DOW-UAP-D49, Launch Summary, Vandenberg AFB, 2000
Agency: Department of War
Incident date: 2/3/00
Page 30
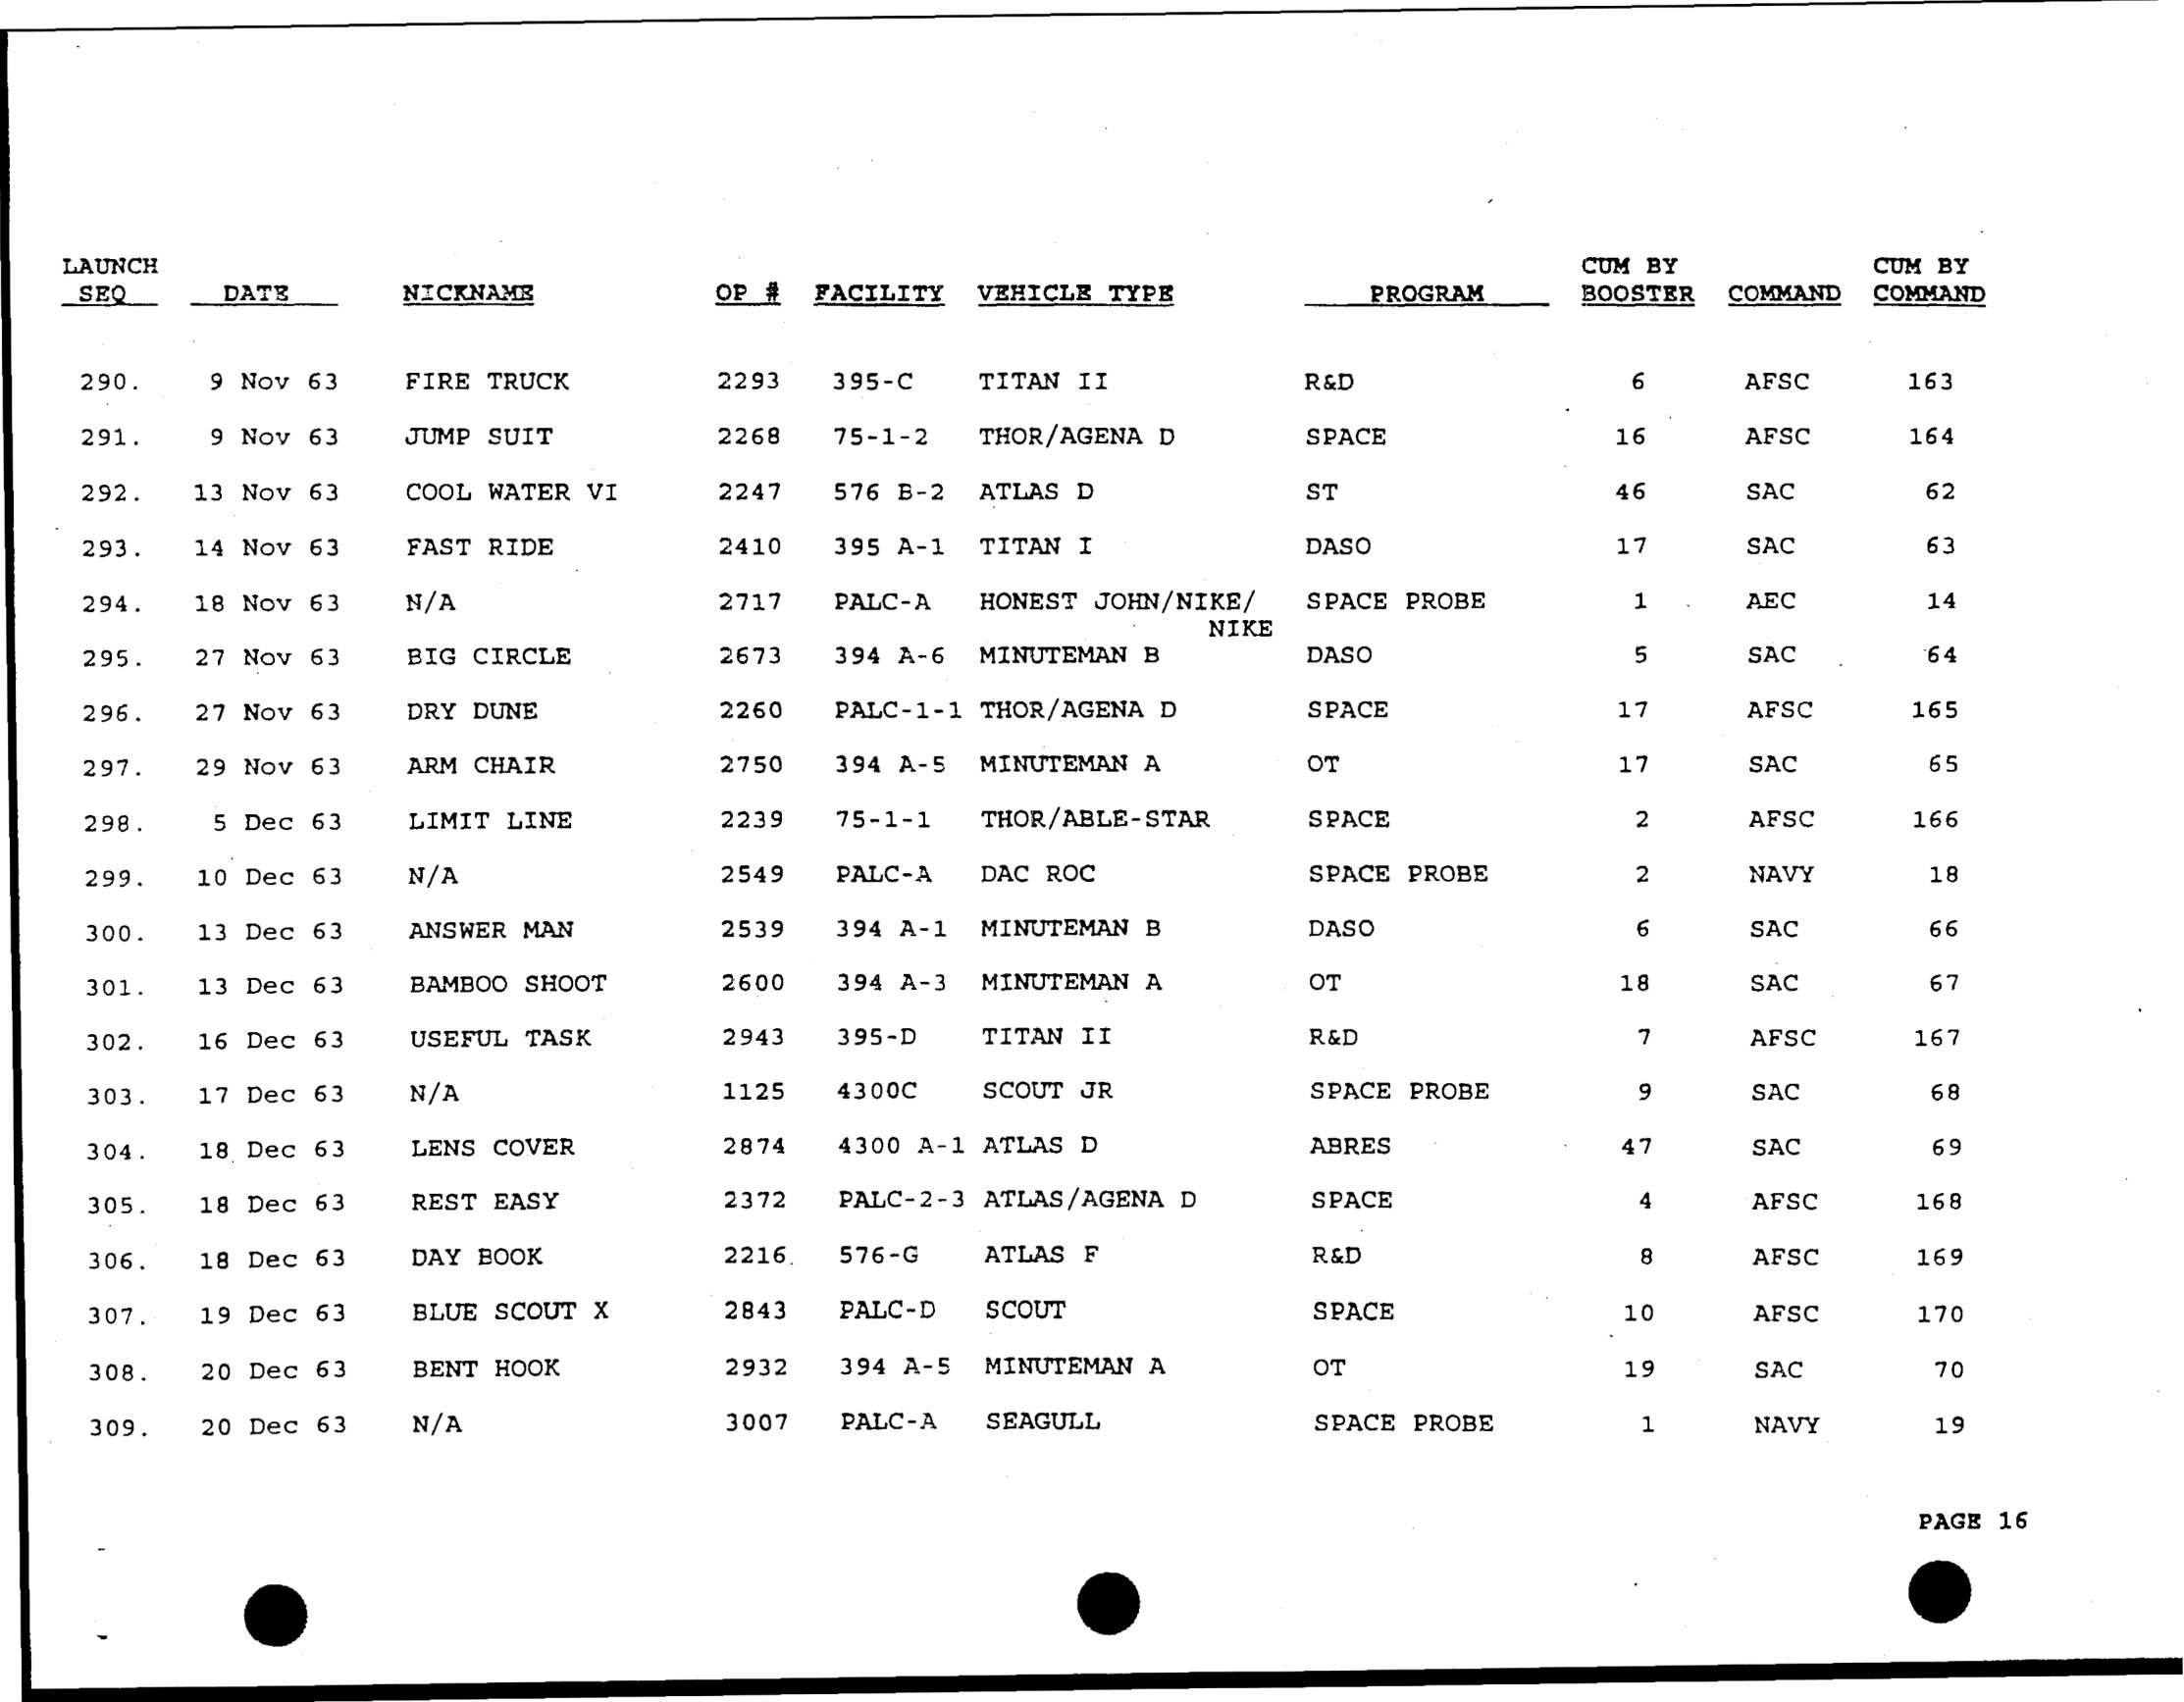